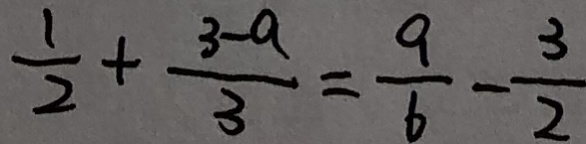
\frac { 1 } { 2 } + \frac { 3 - a } { 3 } = \frac { 9 } { 6 } - \frac { 3 } { 2 }